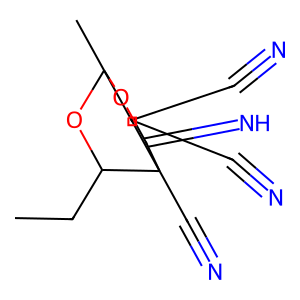
SMILES: CCC1OC2(C)CC(C#N)(C#N)C1(C#N)C(=N)O2
Inhibits HIV replication: No